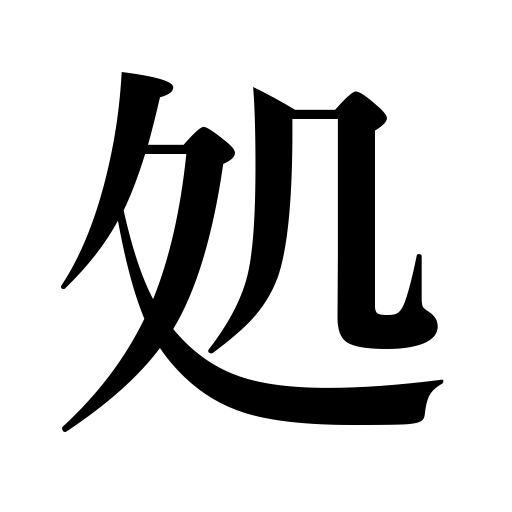
Meanings: conduct oneself well,sentence,deal with,behave,condemn,act,manage